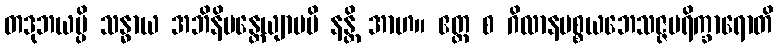
တဒုဘယမ္ပိ သန္ဓာယ အဘိနိမန္တေယျာမပိ နန္တိ အာဟ။ ဧတ္ထ စ ဂိလာနပစ္စယဘေသဇ္ဇပရိက္ခာရောတိ